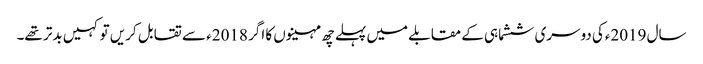
سال 2019ءکی دوسری ششماہی کے مقابلے میں پہلے چھ مہینوں کا اگر 2018ء سے تقابل کریں تو کہیں بدتر تھے۔